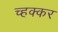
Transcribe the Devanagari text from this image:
च्हक्कर